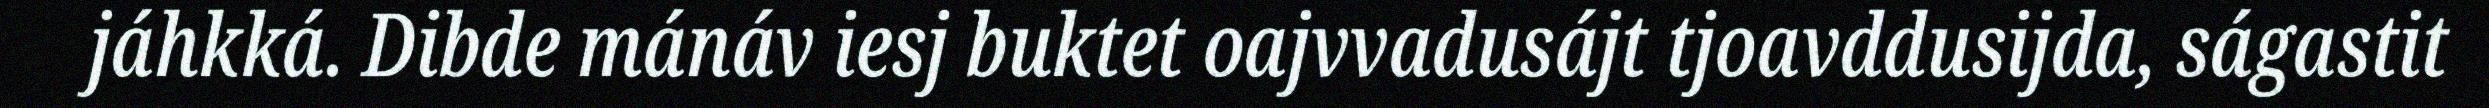
jáhkká. Dibde mánáv iesj buktet oajvvadusájt tjoavddusijda, ságastit